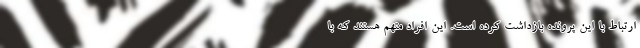
ارتباط با این پرونده بازداشت کرده است. این افراد متهم هستند که با